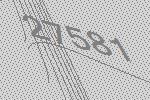
27581